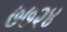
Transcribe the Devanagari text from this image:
७७२४